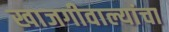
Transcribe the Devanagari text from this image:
खाजगीवाल्यांचा